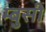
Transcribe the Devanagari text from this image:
म्बुसी